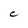
Character: C